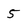
Character: 5